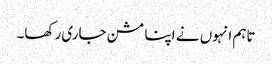
تاہم انہوں نے اپنا مشن جاری رکھا۔